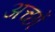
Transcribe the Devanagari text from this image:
अच्छों